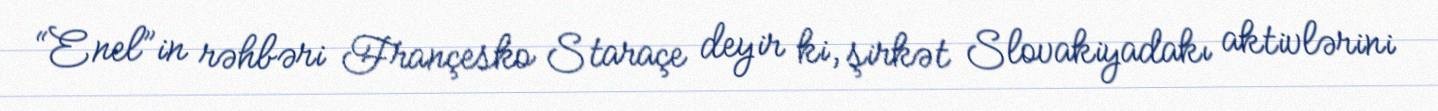
“Enel”in rəhbəri Françesko Staraçe deyir ki, şirkət Slovakiyadakı aktivlərini